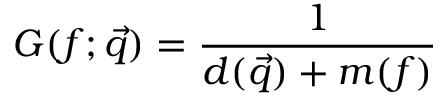
G ( f ; \vec { q } ) = \frac { 1 } { d ( \vec { q } ) + m ( f ) }